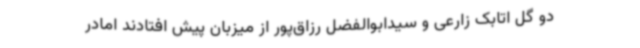
دو گل اتابک زارعی و سیدابوالفضل رزاق‌پور از میزبان پیش افتادند امادر